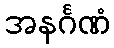
အနင်္ဂဏံ